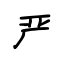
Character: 严